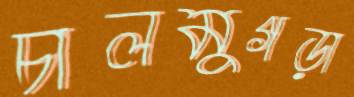
চালমুগড়া